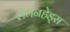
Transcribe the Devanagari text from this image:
लेमनहेड्स